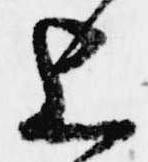
上